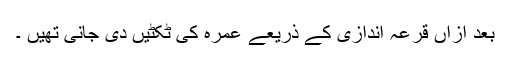
بعد ازاں قرعہ اندازی کے ذریعے عمرہ کی ٹکٹیں دی جانی تھیں ۔